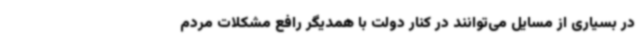
در بسیاری از مسایل می‌توانند در کنار دولت با همدیگر رافع مشکلات مردم